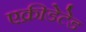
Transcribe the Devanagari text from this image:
एक्रीडेटेड